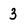
Character: 3